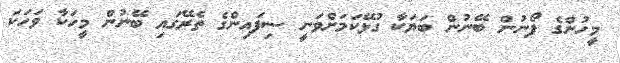
މީހުންގެ ފޯނުން ބޭނުން ބަޔަކާ ގުޅޭކަމަށްވަނީ ސިފައިންގެ ތެރޭގައި ބޭނުން މީހަކާ ވަހަކަ